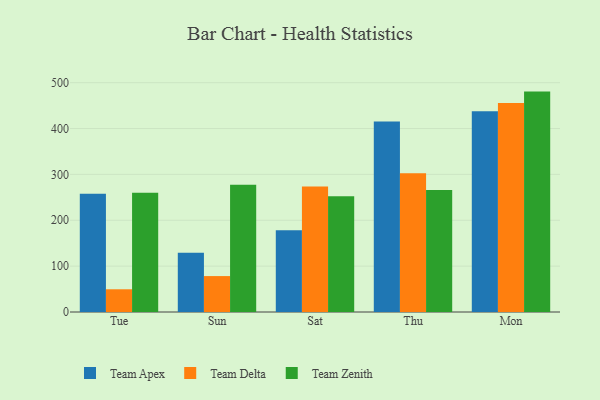
{"axis": {"x": "Day", "y": "Website Visitors"}, "legend": ["Team Apex", "Team Delta", "Team Zenith"], "data": [{"x": "Tue", "y": 257.8, "type": "Team Apex"}, {"x": "Tue", "y": 49.5, "type": "Team Delta"}, {"x": "Tue", "y": 260.0, "type": "Team Zenith"}, {"x": "Sun", "y": 129.0, "type": "Team Apex"}, {"x": "Sun", "y": 78.3, "type": "Team Delta"}, {"x": "Sun", "y": 277.6, "type": "Team Zenith"}, {"x": "Sat", "y": 178.1, "type": "Team Apex"}, {"x": "Sat", "y": 273.5, "type": "Team Delta"}, {"x": "Sat", "y": 252.6, "type": "Team Zenith"}, {"x": "Thu", "y": 415.3, "type": "Team Apex"}, {"x": "Thu", "y": 302.5, "type": "Team Delta"}, {"x": "Thu", "y": 265.8, "type": "Team Zenith"}, {"x": "Mon", "y": 437.4, "type": "Team Apex"}, {"x": "Mon", "y": 455.9, "type": "Team Delta"}, {"x": "Mon", "y": 480.5, "type": "Team Zenith"}]}